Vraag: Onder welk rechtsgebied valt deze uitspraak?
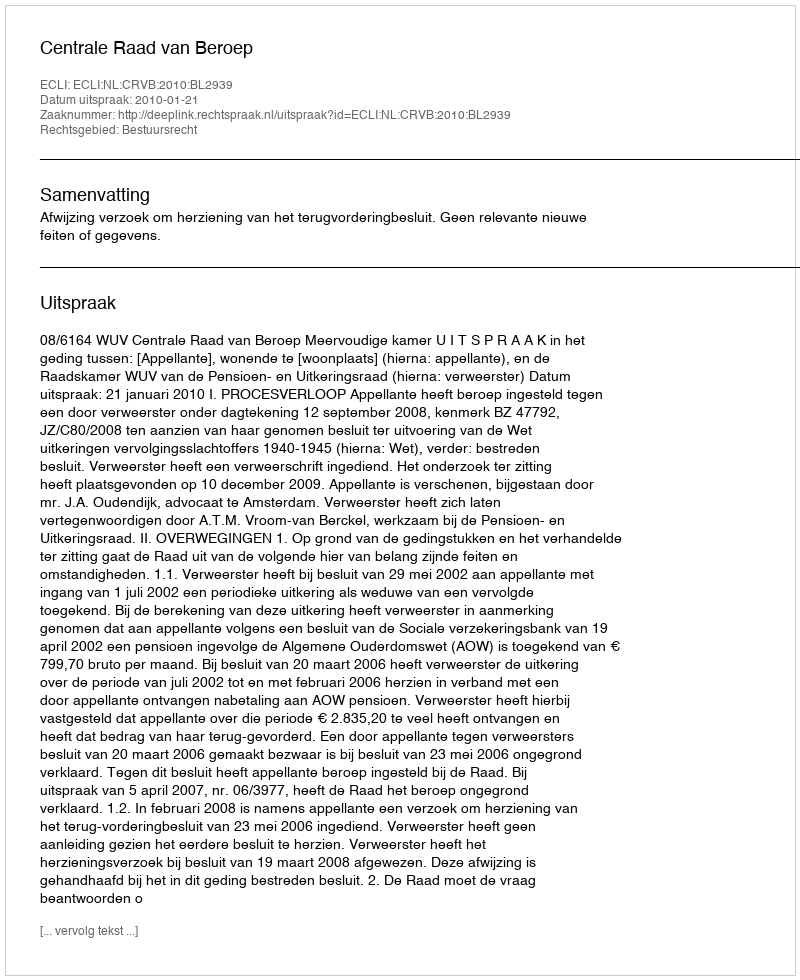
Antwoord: Bestuursrecht